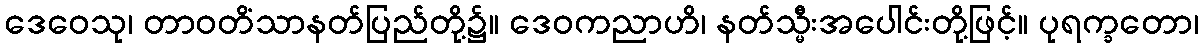
ဒေဝေသု၊ တာဝတိံသာနတ်ပြည်တို့၌။ ဒေဝကညာဟိ၊ နတ်သ္မီးအပေါင်းတို့ဖြင့်။ ပုရက္ခတော၊